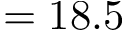
= 1 8 . 5